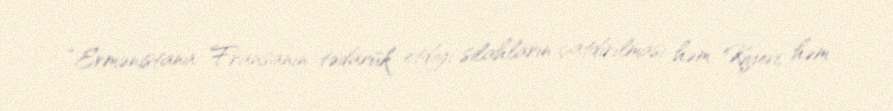
“Ermənistana Fransanın tədarük etdiyi silahların çatdırılması həm Kiyevi, həm